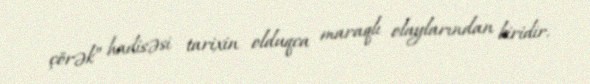
çörək” hadisəsi tarixin olduqca maraqlı olaylarından biridir.